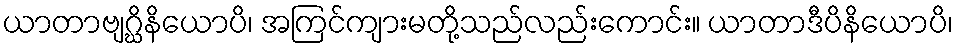
ယာတာဗျဂ္ဃိနိယောပိ၊ အကြင်ကျားမတို့သည်လည်းကောင်း။ ယာတာဒီပိနိယောပိ၊